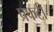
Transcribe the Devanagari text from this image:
प्रफटी